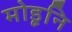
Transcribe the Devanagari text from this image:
मोडूनि